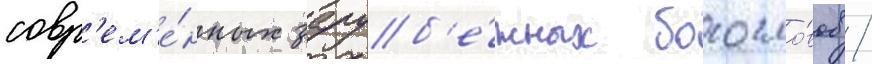
совр'ем'е́нных заруб'е́жных богосло́вов /